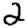
Digit: 2